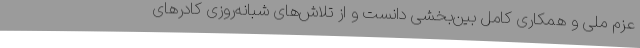
عزم ملی و همکاری کامل بین‌بخشی دانست و از تلاش‌های شبانه‌روزی کادرهای